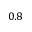
0 . 8